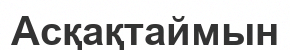
Асқақтаймын